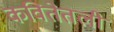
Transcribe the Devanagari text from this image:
कवितेतली